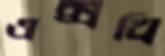
এক্সথ্রি